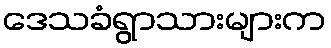
ဒေသခံရွာသားများက